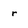
Character: r